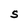
Character: S